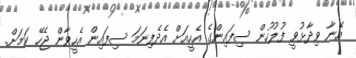
އޭނާ ވިދާޅުވީ ފުލުހުން ސިފައިންގެ އެހީއަށް އެދެފިނަމަ ސިފައިން އެހީވާން ޖެހޭ ކަމަށް.